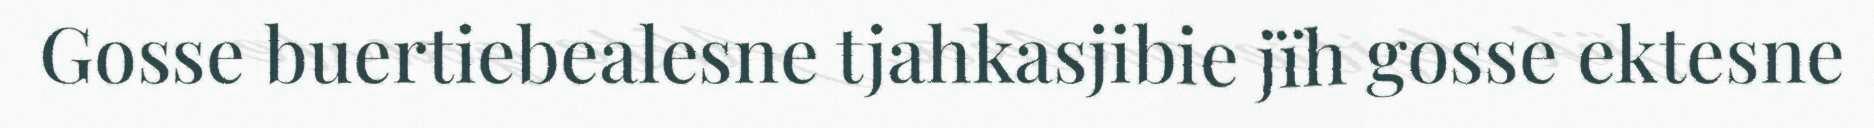
Gosse buertiebealesne tjahkasjibie jïh gosse ektesne